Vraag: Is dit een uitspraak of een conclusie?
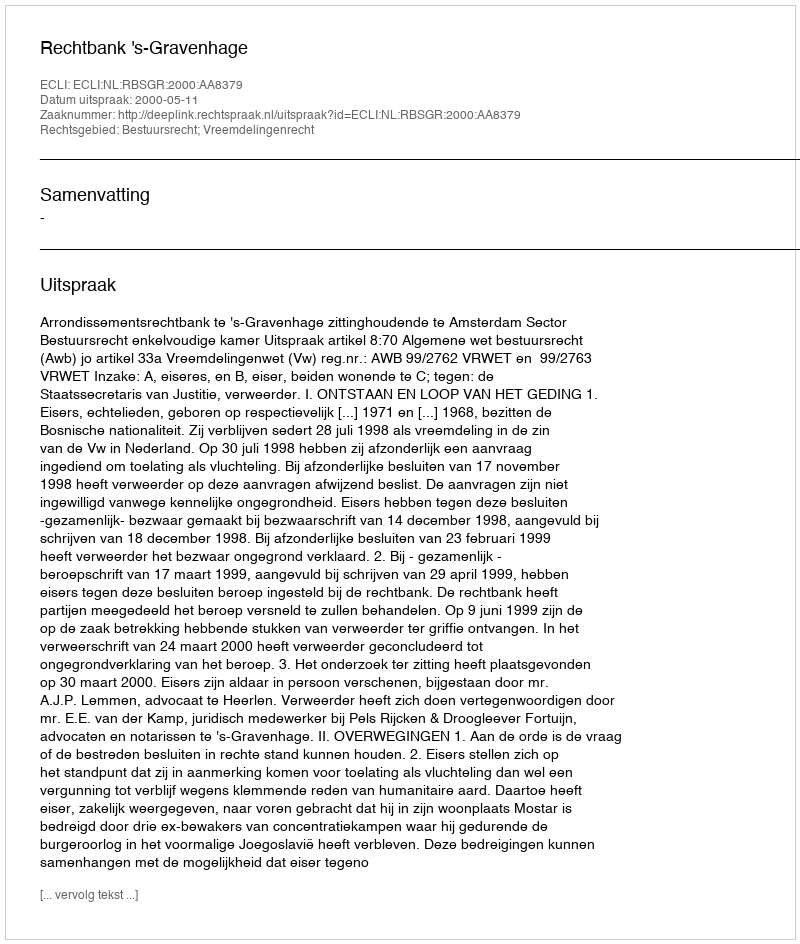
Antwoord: Uitspraak